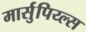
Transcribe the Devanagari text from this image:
मार्सुपिय्ल्स